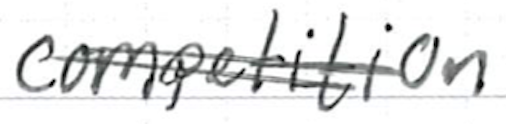
Text: competition
Cross-out: double-line
Writing tool: ballpoint